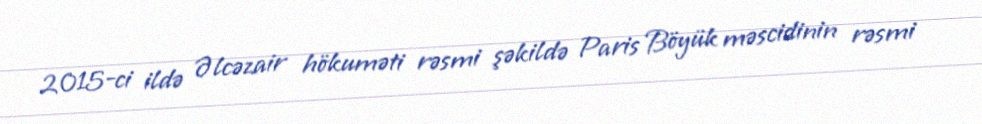
2015-ci ildə Əlcəzair hökuməti rəsmi şəkildə Paris Böyük məscidinin rəsmi